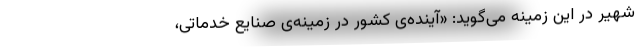
شهیر در این زمینه می‌گوید: «آینده‌ی کشور در زمینه‌ی صنایع خدماتی،